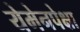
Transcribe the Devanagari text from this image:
येमेनपेक्षा